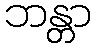
ဘန္တာ